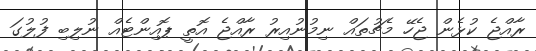
ރާއްޖެ ކުޅެން ޖެހޭ މެޗުތައް ނިމުނުއިރު ރާއްޖެ އޮތީ ޕޮއިންޓެއް ނުލިބި ފުލުގަ